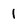
Character: 1